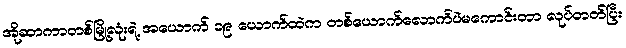
အိုဆာကာတစ်မြို့လုံးရဲ့ အယောက် ၁၉ ယောက်ထဲက တစ်ယောက်လောက်ပဲမကောင်းတာ လုပ်တတ်ပြီး